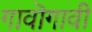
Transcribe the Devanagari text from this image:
गावॊगावी